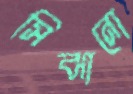
সিঝানো